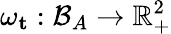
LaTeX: \omega_{\mathbf{t}}:\mathcal{B}_{A}\rightarrow\mathbb{R}_{+}^{2}